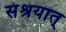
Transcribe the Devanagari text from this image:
संश्रयात्